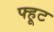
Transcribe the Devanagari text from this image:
फ्हूट